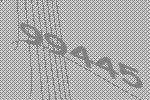
99445